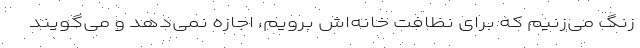
زنگ می‌زنیم که برای نظافت خانه‌اش برویم، اجازه نمی‌دهد و می‌گویند